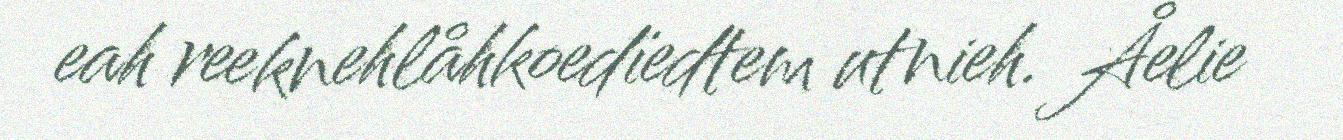
eah reeknehlåhkoedïedtem utnieh. Åelie